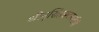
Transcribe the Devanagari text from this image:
श्रीनृसिंहसरस्वतींची